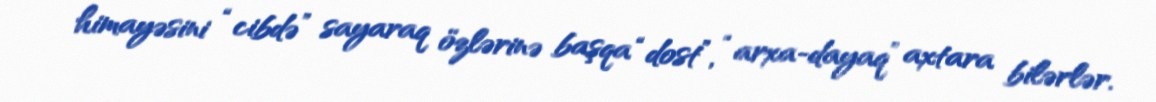
himayəsini “cibdə” sayaraq özlərinə başqa “dost”, “arxa-dayaq” axtara bilərlər.